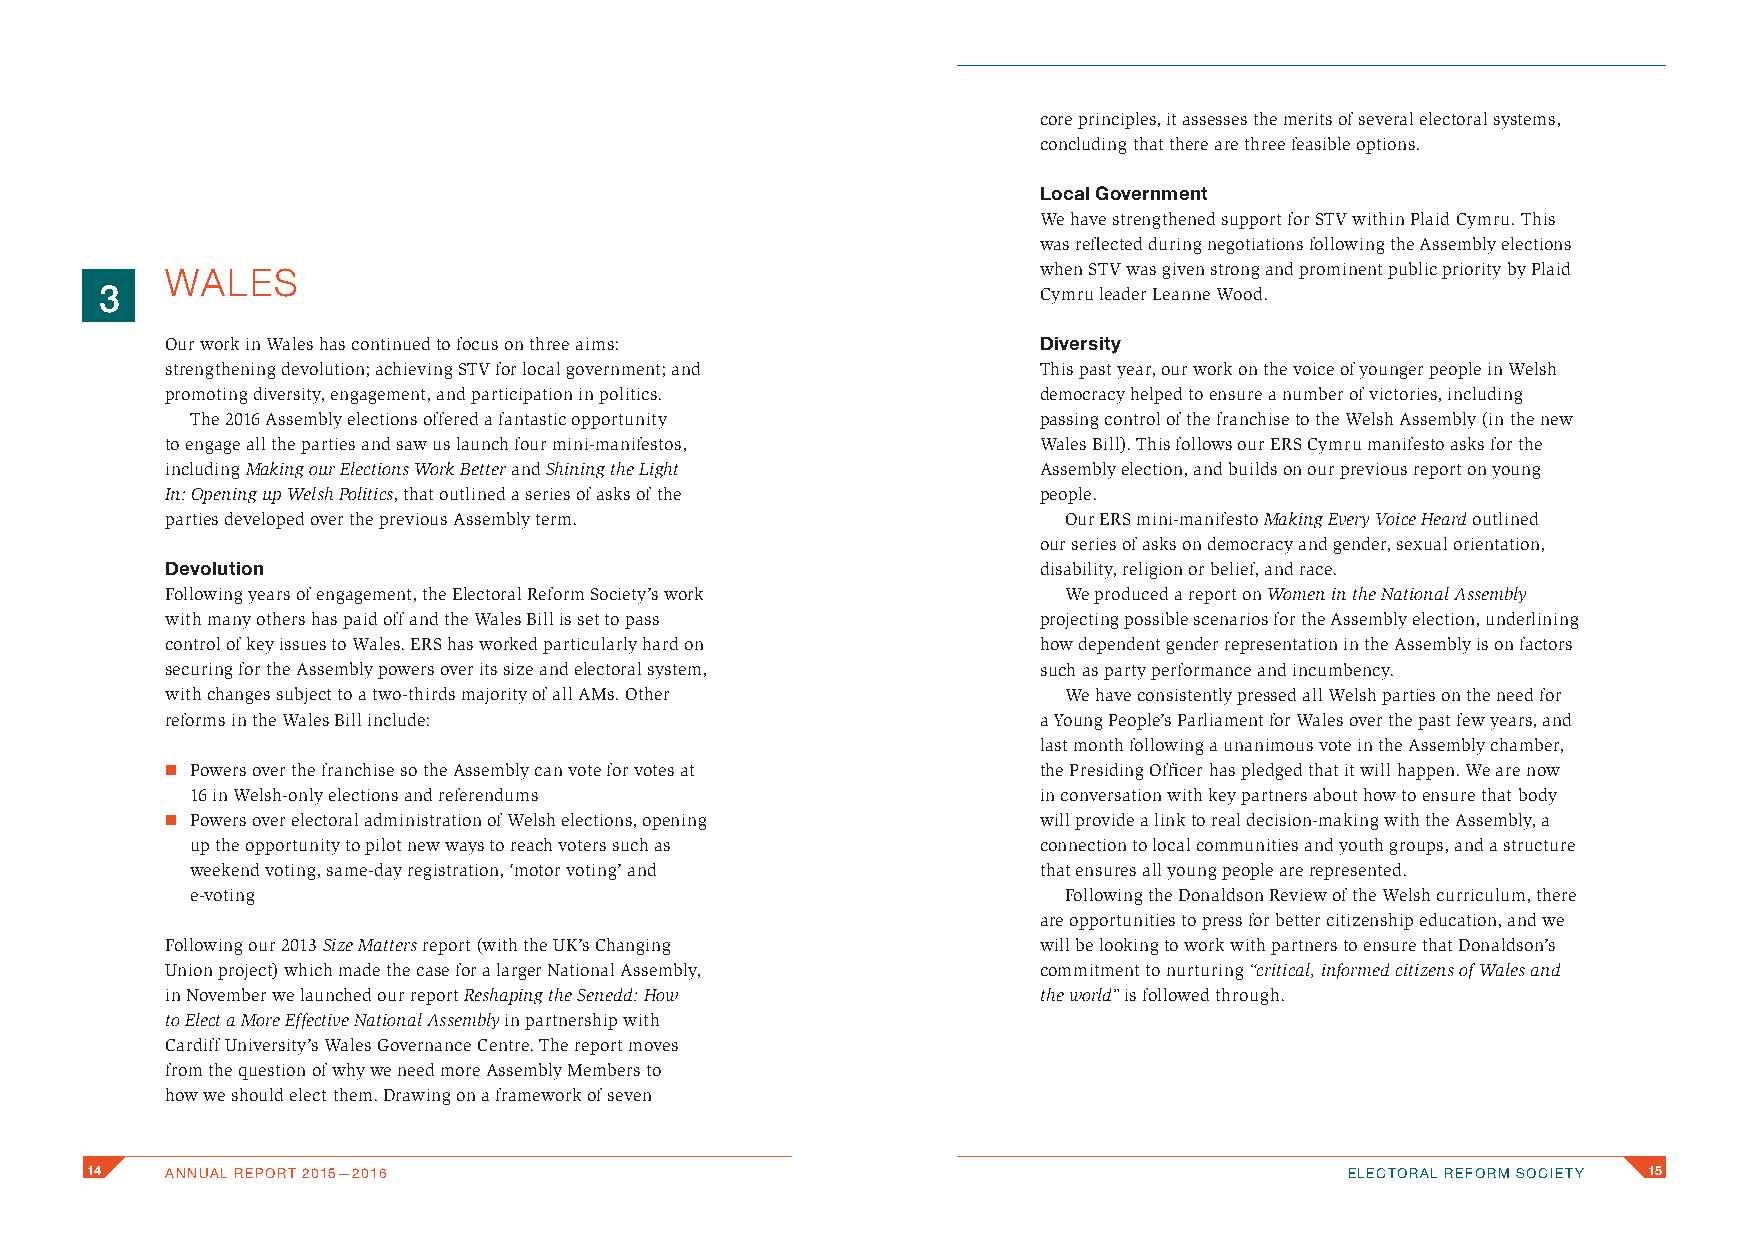
core principles, it assesses the merits of several electoral systems,
 concluding that there are three feasible options.
 Local Government
 We have strengthened support for STV within Plaid Cymru. This
 was reflected during negotiations following the Assembly elections
 WALES                                                     when STV was given strong and prominent public priority by Plaid
 3                                                             Cymru leader Leanne Wood.
 Our work in Wales has continued to focus on three aims:   Diversity
 strengthening devolution; achieving STV for local government; and This past year, our work on the voice of younger people in Welsh
 promoting diversity, engagement, and participation in politics. democracy helped to ensure a number of victories, including
 The 2016 Assembly elections offered a fantastic opportunity passing control of the franchise to the Welsh Assembly (in the new
 to engage all the parties and saw us launch four mini-manifestos, Wales Bill). This follows our ERS Cymru manifesto asks for the
 including Making our Elections Work Better and Shining the Light Assembly election, and builds on our previous report on young
 In: Opening up Welsh Politics, that outlined a series of asks of the people.
 parties developed over the previous Assembly term.         Our ERS mini-manifesto Making Every Voice Heard outlined
 our series of asks on democracy and gender, sexual orientation,
 Devolution                                                disability, religion or belief, and race.
 Following years of engagement, the Electoral Reform Society’s work We produced a report on Women in the National Assembly
 with many others has paid off and the Wales Bill is set to pass projecting possible scenarios for the Assembly election, underlining
 control of key issues to Wales. ERS has worked particularly hard on how dependent gender representation in the Assembly is on factors
 securing for the Assembly powers over its size and electoral system, such as party performance and incumbency.
 with changes subject to a two-thirds majority of all AMs. Other We have consistently pressed all Welsh parties on the need for
 reforms in the Wales Bill include:                        a Young People’s Parliament for Wales over the past few years, and
 last month following a unanimous vote in the Assembly chamber,
 n Powers over the franchise so the Assembly can vote for votes at the Presiding Officer has pledged that it will happen. We are now
 16 in Welsh-only elections and referendums              in conversation with key partners about how to ensure that body
 n Powers over electoral administration of Welsh elections, opening will provide a link to real decision-making with the Assembly, a
 up the opportunity to pilot new ways to reach voters such as connection to local communities and youth groups, and a structure
 weekend voting, same-day registration, ‘motor voting’ and that ensures all young people are represented.
 e-voting                                                 Following the Donaldson Review of the Welsh curriculum, there
 are opportunities to press for better citizenship education, and we
 Following our 2013 Size Matters report (with the UK’s Changing will be looking to work with partners to ensure that Donaldson’s
 Union project) which made the case for a larger National Assembly, commitment to nurturing “critical, informed citizens of Wales and
 in November we launched our report Reshaping the Senedd: How the world” is followed through.
 to Elect a More Effective National Assembly in partnership with
 Cardiff University’s Wales Governance Centre. The report moves
 from the question of why we need more Assembly Members to
 how we should elect them. Drawing on a framework of seven
 14   ANNUAL REPORT 2015—2016                                                       ELECTORAL REFORM SOCIETY 15